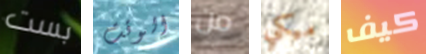
بست الوقت من ميكي كيف